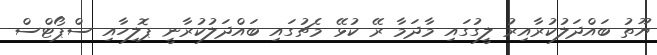
ޔޫތު ބައްދަލުކުރާއިރު ލީގުގައި މާދަމާ ރޭ ކުޅޭ މެޗުގައި ބައްދަލުކުރާނީ ޕޮލިހާއި ސްޕޯޓްސް